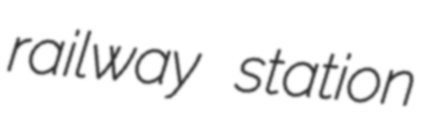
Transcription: railway station